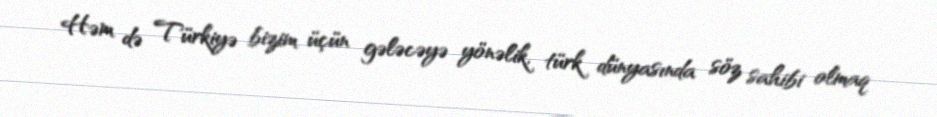
Həm də Türkiyə bizim üçün gələcəyə yönəlik, türk dünyasında söz sahibi olmaq